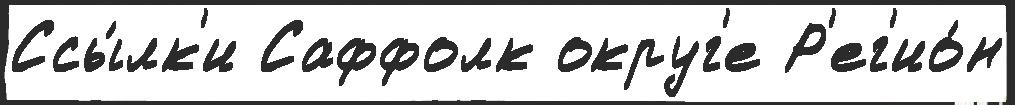
Ссы́лк'и Саффолк округ'е Р'ег'ио́н